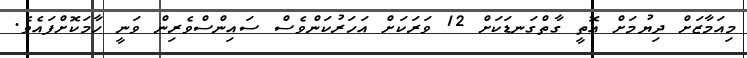
މިއަމާޒަށް ދިޔުމަށް އޮތީ ގާތްގަނޑަކަށް 12 ވަރަކަށް އަހަރުކަންވެސް ސައިންސްވެރިން ވަނީ ހާމަކޮށްފައެވެ.